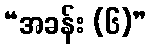
“အခန်း (၆)”